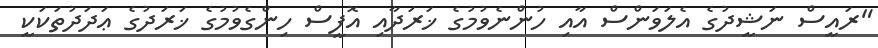
"ރައީސް ނަޝީދުގެ އެލަވަންސް އާއި ހުންނެވުމުގެ ޚަރަދާއި އޮފީސް ހިންގެވުމުގެ ޚަރަދުގެ ޢަދަދުތަކަކީ